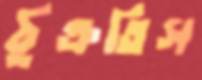
ঠুক্‌রতিস